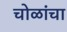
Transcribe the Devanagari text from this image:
चोळांचा